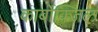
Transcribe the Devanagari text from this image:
कार्बोक्जिल